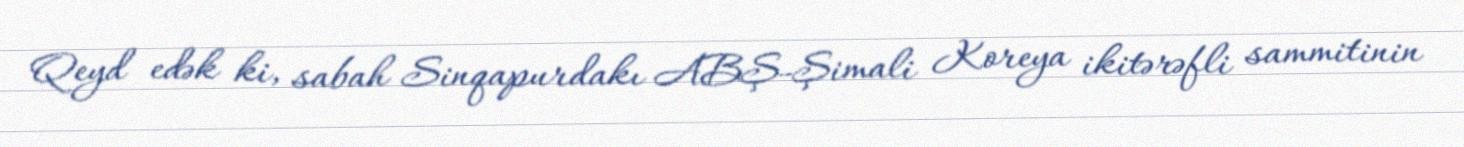
Qeyd edək ki, sabah Sinqapurdakı ABŞ-Şimali Koreya ikitərəfli sammitinin